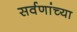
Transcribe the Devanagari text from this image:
सर्वणांच्या